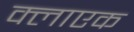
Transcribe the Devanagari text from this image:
क्लाएक